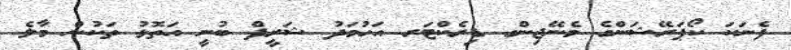
ފެނަކަ ކޯޕަރޭޝަންގެ މެނޭޖިންގ ޑިރެކްޓަރ އަހުމަދު ޝަރީފް ބުނީ އަތޮޅު ތަކުން މާލެ